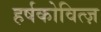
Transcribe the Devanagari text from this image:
हर्षकोवित्ज़